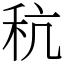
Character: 秔